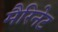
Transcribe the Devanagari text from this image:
मैरिनेट